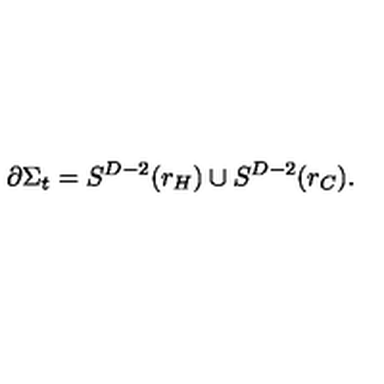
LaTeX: \partial \Sigma _ { t } = S ^ { D - 2 } ( r _ { H } ) \cup S ^ { D - 2 } ( r _ { C } ) .